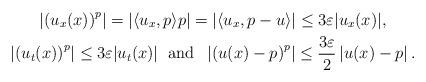
LaTeX: \begin{gather*} \left| \left(u_x(x)\right)^{p}\right|= |\langle u_x, p\rangle p|= |\langle u_x, p- u\rangle|\leq 3\varepsilon |u_x(x)|,\\ \left| \left(u_t(x)\right)^{p}\right|\leq 3\varepsilon |u_t(x)| \; \textrm{ and } \; \left| \left(u(x)- p\right)^{p}\right|\leq \frac{3\varepsilon}{2} \left|u(x)- p\right|.\end{gather*}